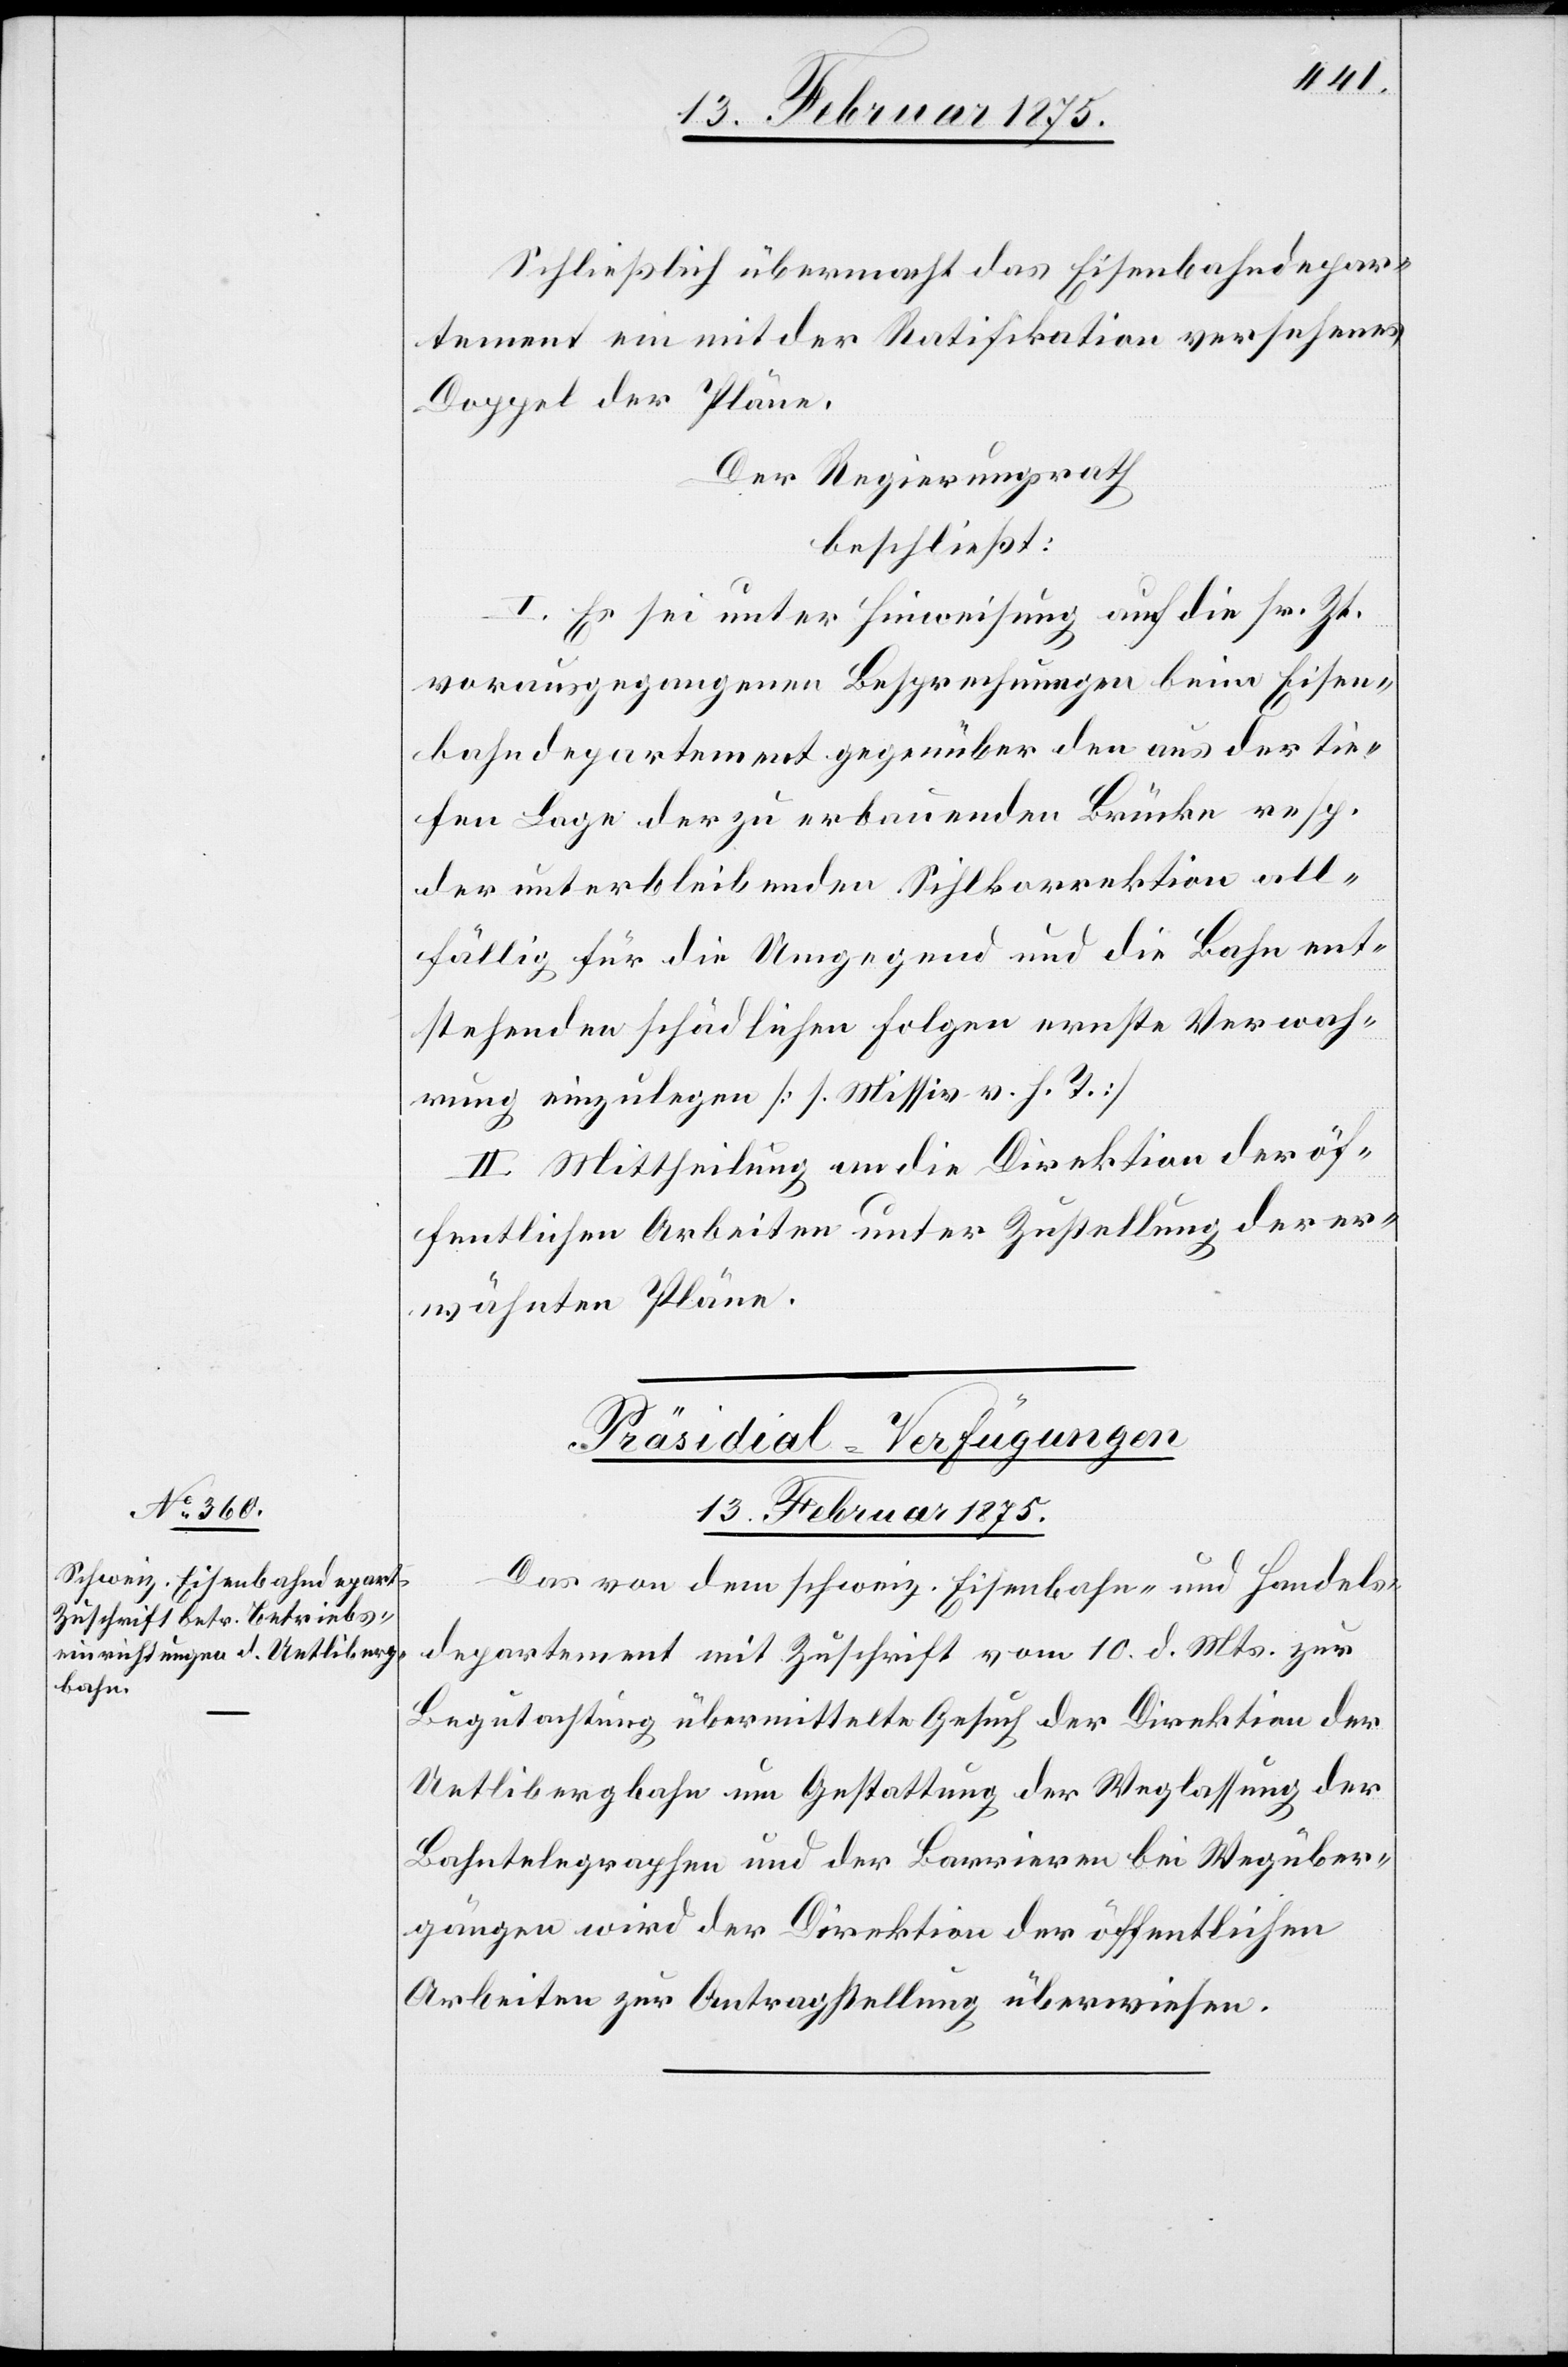
Schließlich übermacht das Eisenbahndepar¬
tement ein mit der Ratifikation versehenes
Doppel der Pläne.
Der Regierungsrath
beschließt:
I. Es sei unter Hinweisung auf die sr. Zt.
vorausgegangenen Besprechungen beim Eisen¬
bahndepartement gegenüber den aus der tie¬
fen Lage der zu erbauenden Brücke resp.
der unterbleibenden Sihlkorrektion all¬
fällig für die Umgegend und die Bahn ent¬
stehenden schädlichen Folgen ernste Verwah¬
rung einzulegen [s. Missiv. v. h. T.]
II. Mittheilung an die Direktion der öf¬
fentlichen Arbeiten unter Zustellung der er¬
wähnten Pläne.
Präsidial-Verfügungen
13. Februar 1875.
Das von dem schweiz. Eisenbahn- und Handels¬
departement mit Zuschrift vom 10. d. Mts. zur
Begutachtung übermittelte Gesuch der Direktion der
Uetlibergbahn um Gestattung der Weglassung der
Bahntelegraphen und der Barrieren bei Wegüber¬
gängen wird der Direktion der öffentlichen
Arbeiten zur Antragstellung überwiesen.